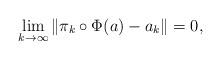
LaTeX: \begin{align*}\lim_{k\to\infty}\|\pi_k\circ\Phi(a)-a_k\|=0,\end{align*}